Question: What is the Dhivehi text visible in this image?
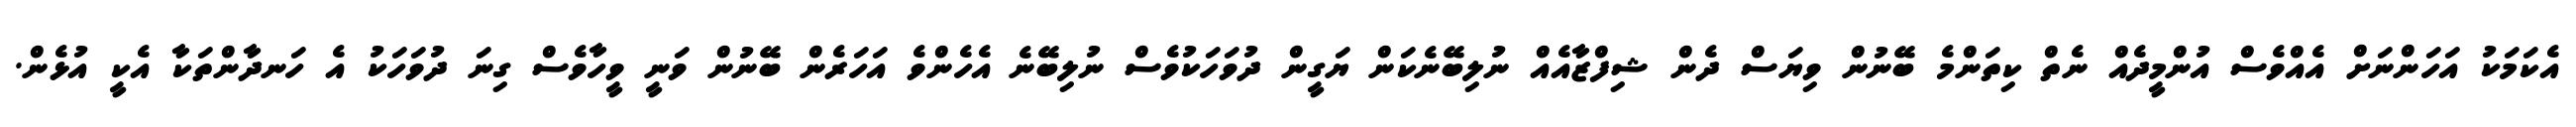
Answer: އެކަމަކު އަހަންނަށް އެއްވެސް އުންމީދެއް ނެތް ކިތަންމެ ބޭނުން ވިޔަސް ދެން ޝިފްޒާއެއް ނުލިބޭނެކަން ޔަގީން ދުވަހަކުވެސް ނުލިބޭނެ އެހެންވެ އަހަރެން ބޭނުން ވަނީ ވީހާވެސް ގިނަ ދުވަހަކު އެ ހަނދާންތަކާ އެކީ އުޅެން.